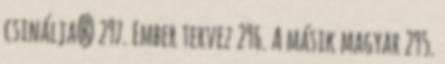
csinálja? 297. Ember tervez 296. A másik magyar 295.